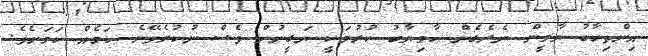
އިންތިހާބު ޔާމީން ނެރެގެން ކާމިޔާބު ކުރުމަކީ ޔަގީނުން ވެސް ނުކުރެވޭނެ ކަމެއް ކަމަށެވެ.